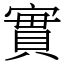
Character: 實